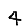
Digit: 4